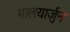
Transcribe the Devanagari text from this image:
मालयार्जुन